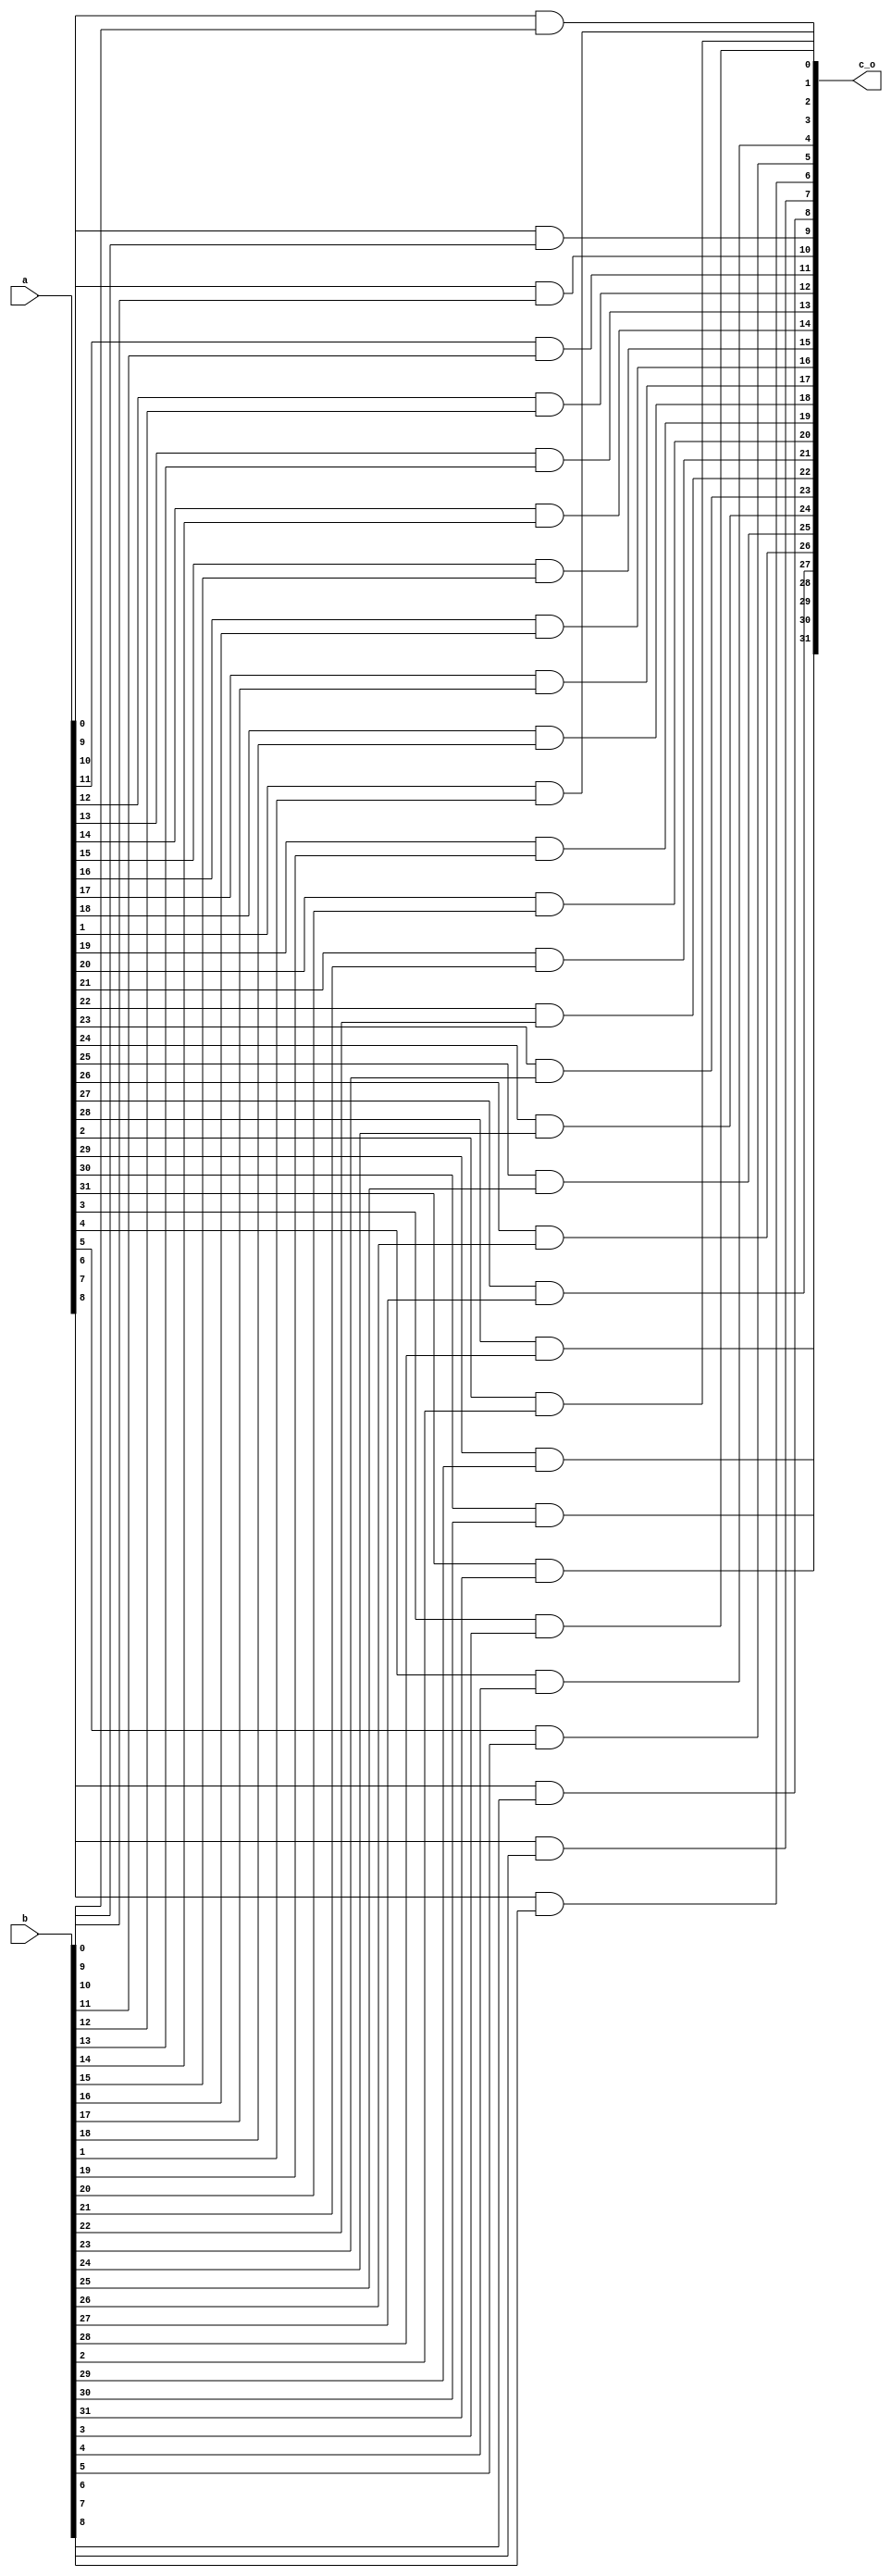
module and_32bit(
    input wire [31:0] a,
    input wire [31:0] b,
    output wire [31:0] c_o
);

    genvar i;
    generate
        for (i = 0; i < 32; i = i + 1) begin : and_gate_loop
            and u_and(c_o[i], a[i], b[i]);
        end
    endgenerate

endmodule